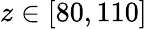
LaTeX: z\in[80,110]